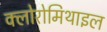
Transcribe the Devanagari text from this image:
क्लोरोमिथाइल